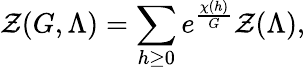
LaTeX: \mathcal{Z}(G,\Lambda)=\sum_{h\geq0}e^{\frac{{\chi(h)}}{{G}}}\mathcal{Z}(\Lambda),